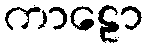
ကာဠော